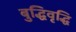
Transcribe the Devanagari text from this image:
बुद्धिवृद्धि